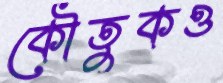
কৌতুকও